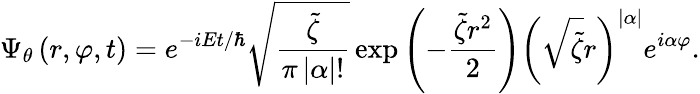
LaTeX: \Psi_{\theta}\left(r,\varphi,t\right)=e^{-iEt/\hbar}\sqrt{\frac{\tilde{\zeta}}{\pi\left|\alpha\right|!}}\exp\left(-\frac{\tilde{\zeta}r^{2}}{2}\right)\left(\sqrt{\tilde{\zeta}}r\right)^{\left|\alpha\right|}e^{i\alpha\varphi}.